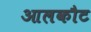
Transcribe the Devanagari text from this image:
आलकौट